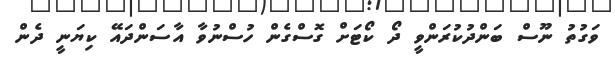
ވަގުތު ނޫސް ބަންދުކުރަންްވީ ދޯ ކޯޓަށް ގޮސްގެން ހުސްނުވާ އާސަންދައޭ ކިޔަނީ ދެން